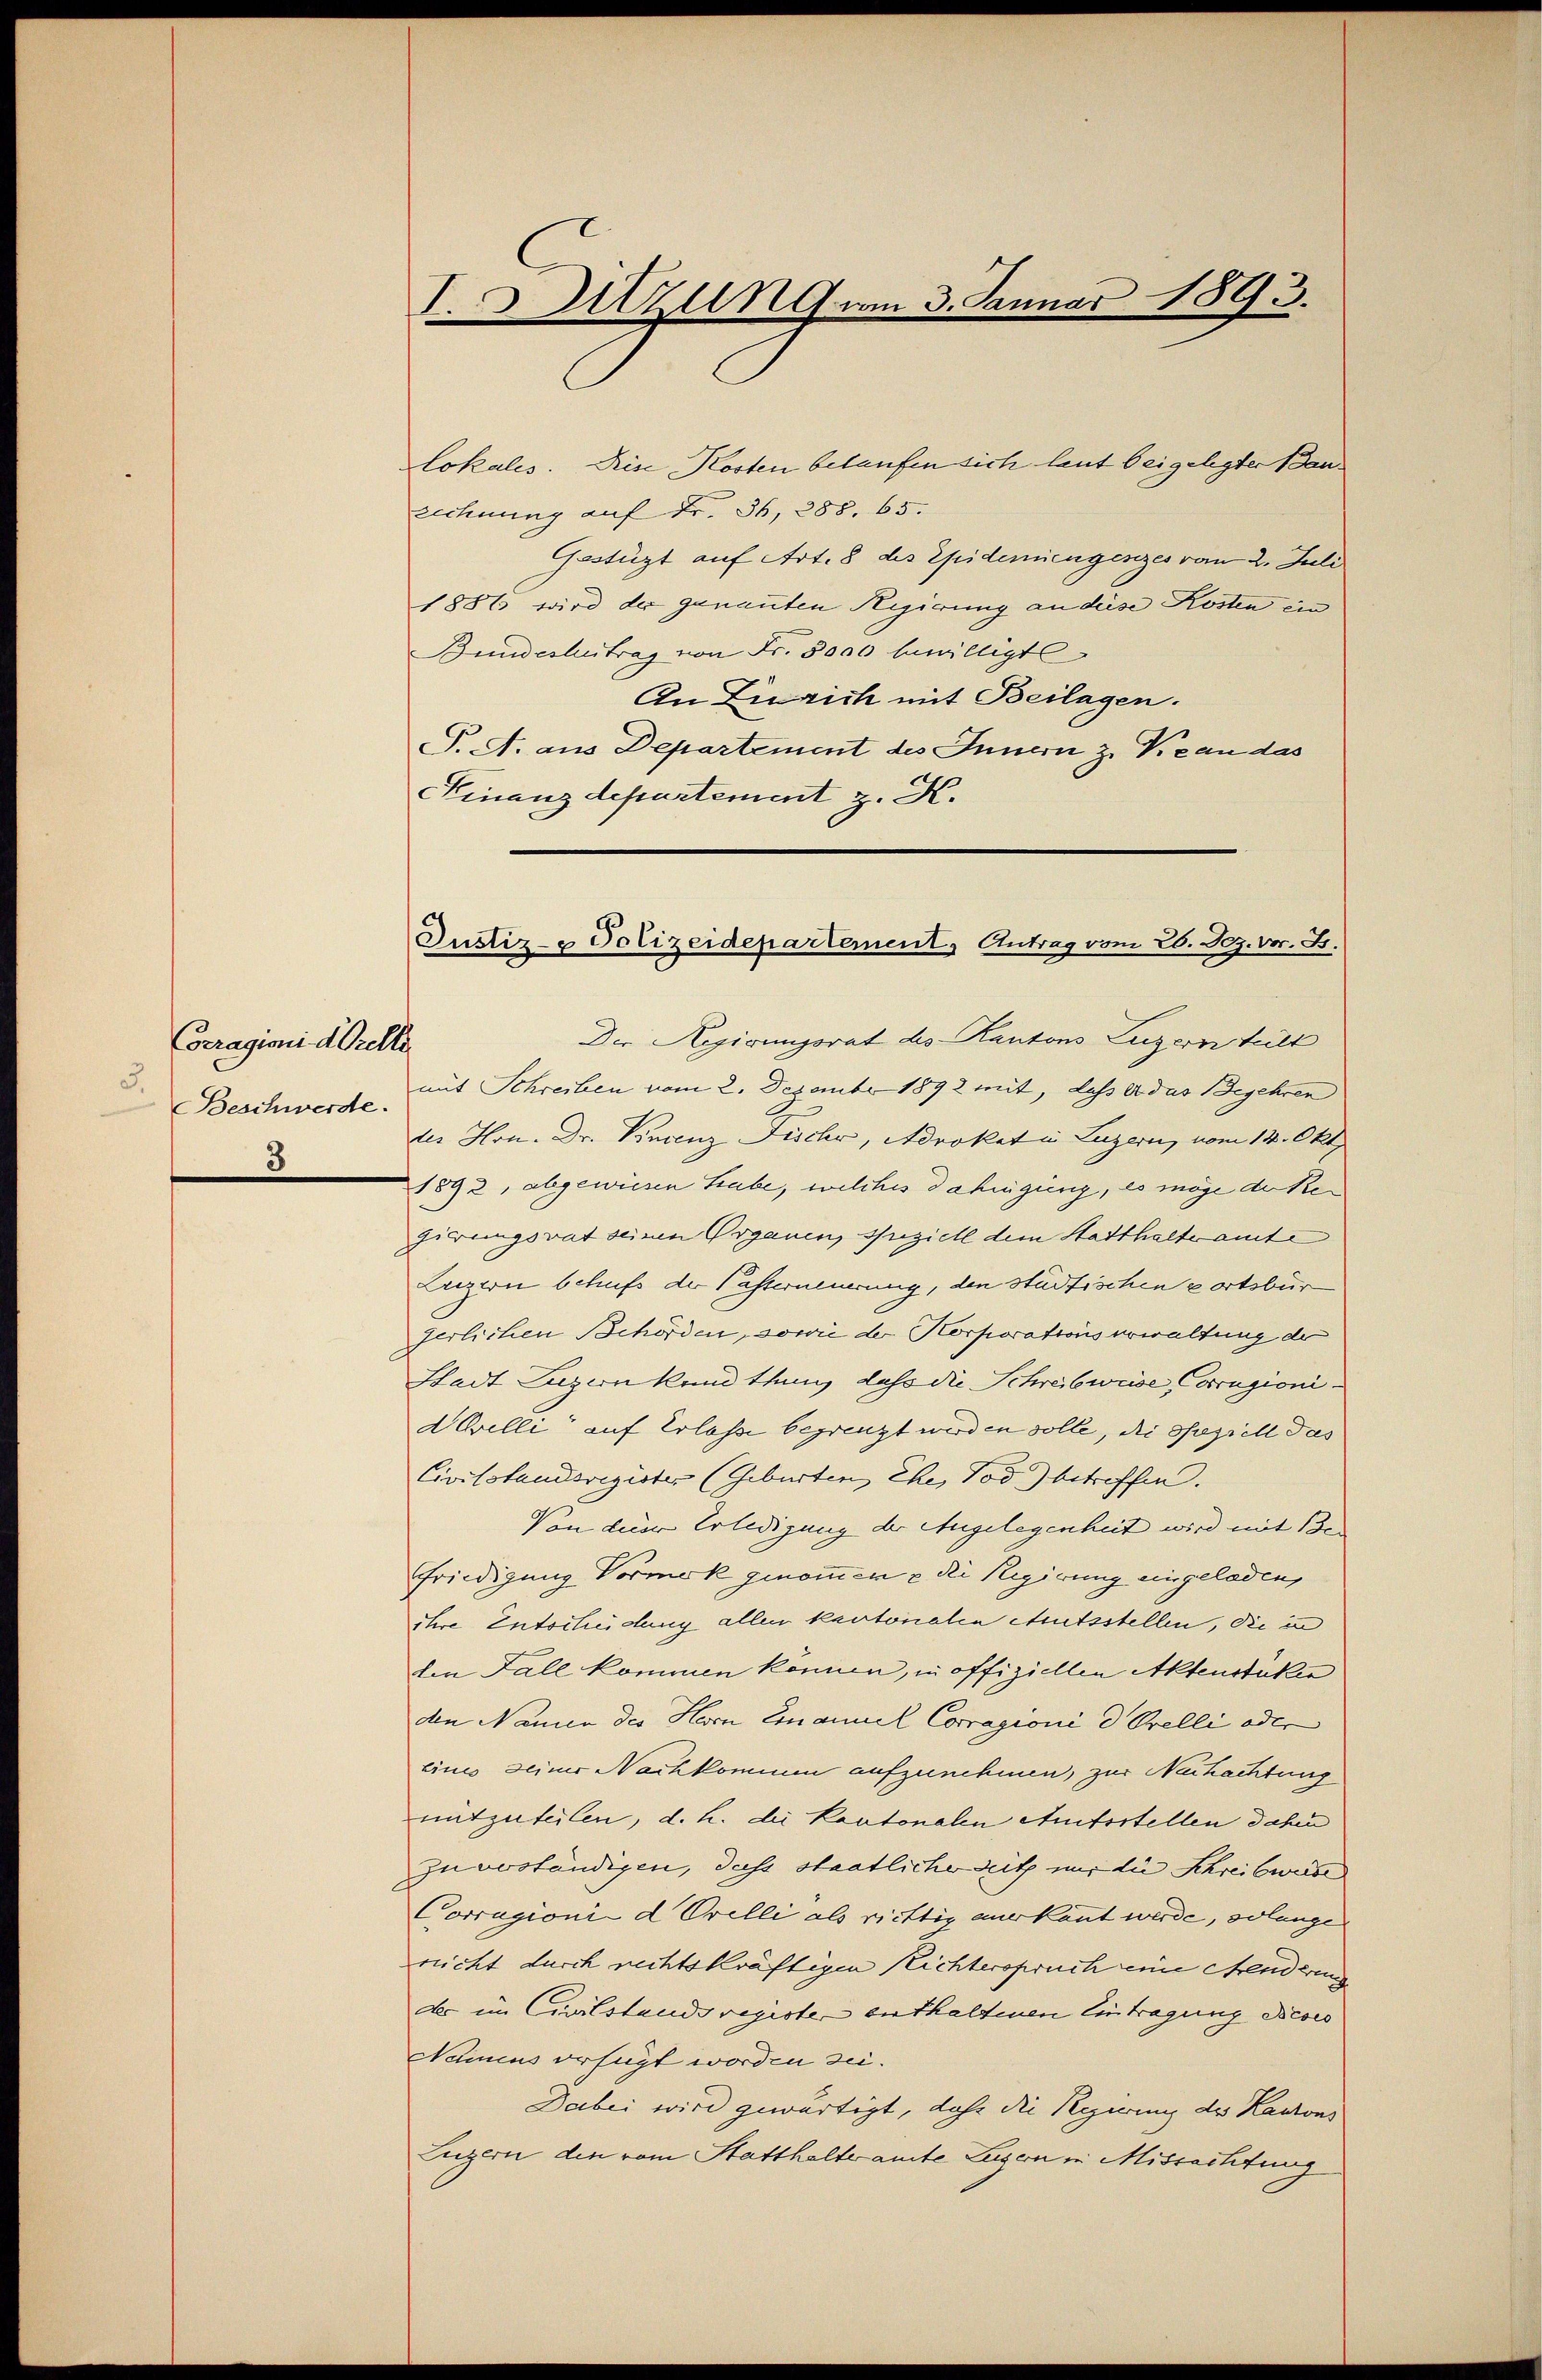
Corragioni d. Orelle
3.
Beschwerde.
8

I.Sitzung am 3. Januar 1893.

lokales. Dise Kosten belaufen sich laut beigelegter Bauzechnung auf Fr. 36, 288. 65.
Gastüzt auf Art. 8 des Epidemiengenzes vom 2. Juli
1887 wird der genannten Regierung an deise Kosten ein
Bundeshetrag von Fr. 5000 bewilligt
An Zürich mit Beilagen.
P. M. aus Departement des Innern z. Vieau das
Finanzdepartement z. K.
Der Regirungsrat des Kantons Luzern teilt
mit Schreiben vom 2. Dezember 1892 mit, dass er das Begehren
der Hrn. Dr. Vincenz Fische, Advokat in Luzern, vom 14. Okt.
1892, abgewiesen habe, welches dahinging, es möge der Regierungsrat seinen Organen Bezieh dem Statthalteramte
Luzern behufs der Pasterneuerung, den städtischen Portsbür
gerlichen Behörden, sowie der Korporations erwaltung de
Stadt Luzern kand thung dass die Schreibweise Corrigioni¬
WOrelli auf Erlasse begrenzt wirden solle, die Spiell das
Civilstandsregister (Geburten, Ehe, Tod betreffen.
Von dieser Erledigung der Angelegenheit wird mit Be
friedigung Vormok genommen u der Regierung eingeladen,
ihre Entscheidung allen kantonalen Amtsstellen, die in
den Fall kommen können, in offiziellen Aktenstukir
den Namen des Herrn Emanuel Corragioni d. Orelli oder
eines seiner Nachkommen aufzunehmen, zur Nachachtung
mitzuteilen, d. h. die Kantonalen Amtsstellen dahin
zuverständigen, dass staatliche Sitz mir die Schreibweise
Corragioni d. Orelli als richtig anerkannt werde, solange
reicht durch rechtskräftigen Richterspruch eine Menderung
des im Civilstandsregister enthaltenen Eintragung Nicois
Namus erfügt worden sei.
Dabei wird gewärtigt, dahe die Regierung des Kantons
Luzern den vom Statthalteramte Luzern in Missachtung

Justiz- & Polizeidepartement, Antrag vom 26. Dez. vor. J.